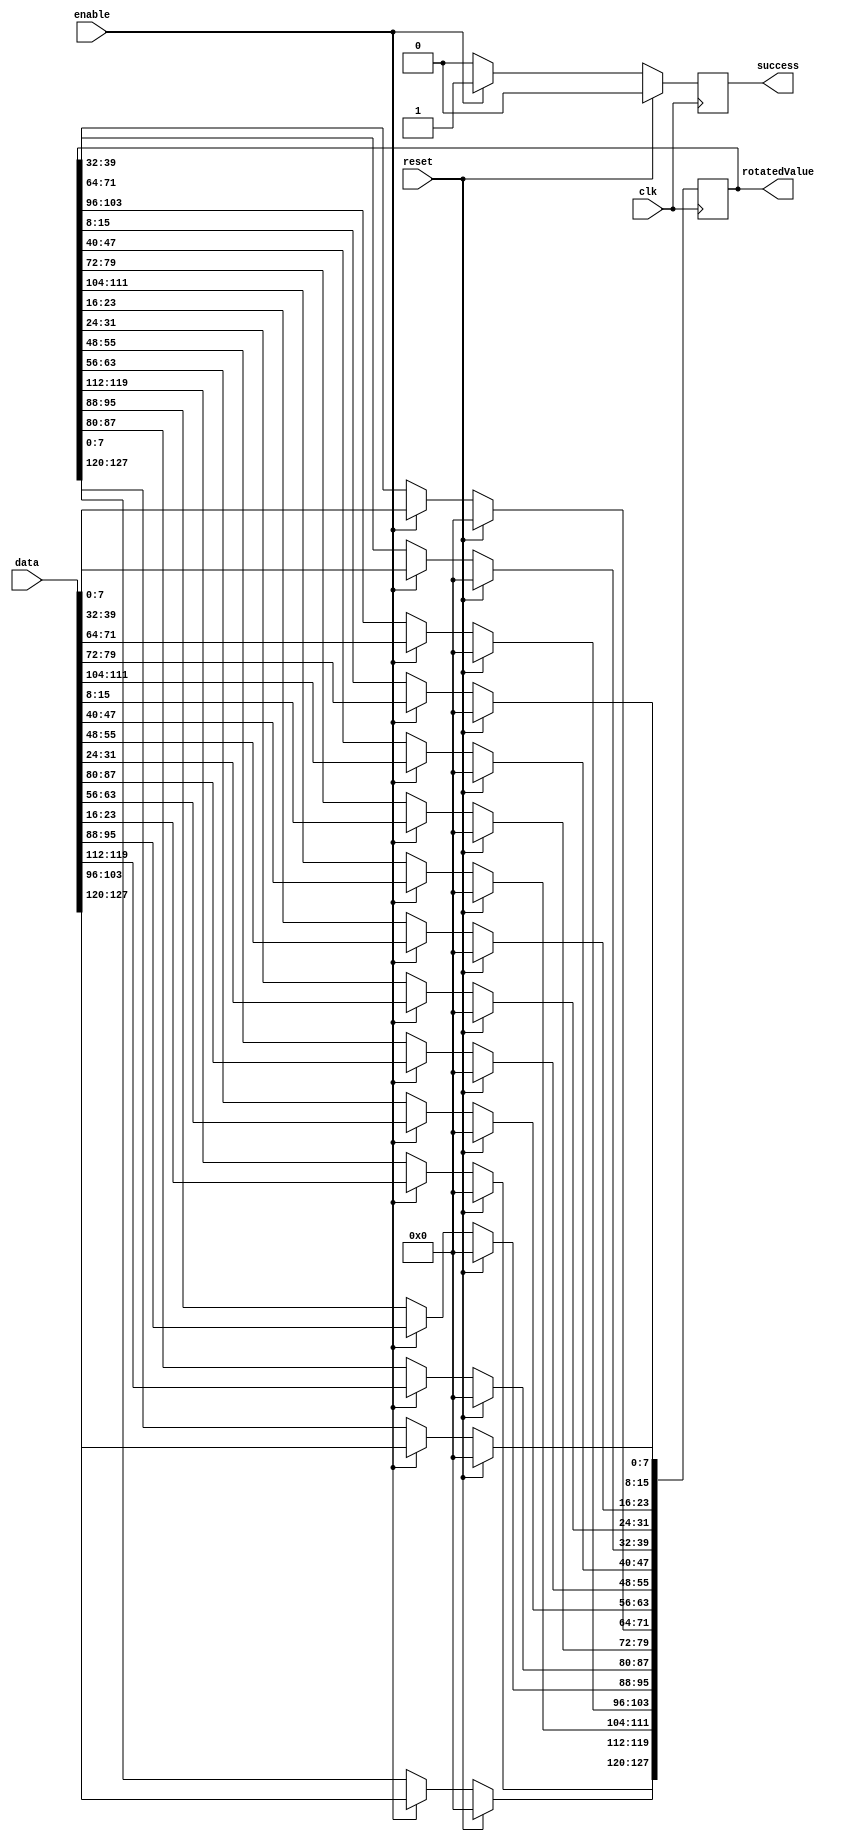
module InvShiftRows(
	input enable,clk,reset,
	input wire [0:127] data,
	output reg [0:127] rotatedValue,
	output reg success);

always @(negedge clk)
	begin
		if(reset)
			begin
				rotatedValue <= 128'h00000000000000000000000000000000;
				success <= 0;
			end
		else if (enable) begin
			//No shifting
			rotatedValue[0+:8] <= data[0+:8];
			rotatedValue[32+:8] <= data[32+:8];
			rotatedValue[64+:8] <= data[64+:8];
			rotatedValue[96+:8] <= data[96+:8]; 
			//1 byte right shift
			rotatedValue[8+:8] <= data[104+:8];
			rotatedValue[40+:8] <= data[8+:8];
			rotatedValue[72+:8] <= data[40+:8];
			rotatedValue[104+:8] <= data[72+:8];
			//2 byte right shift
			rotatedValue[16+:8] <= data[80+:8];
			rotatedValue[48+:8] <= data[112+:8];
			rotatedValue[80+:8] <= data[16+:8];
			rotatedValue[112+:8] <= data[48+:8];
			//3 byte right shift
			rotatedValue[24+:8] <= data[56+:8];
			rotatedValue[56+:8] <= data[88+:8];
			rotatedValue[88+:8] <= data[120+:8];
			rotatedValue[120+:8] <= data[24+:8];	

			success <= 1;
			end
		else success <= 0;
	end
endmodule